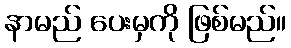
နာမည် ပေးမှကို ဖြစ်မည်။